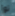
توا